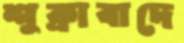
শুক্রাবাদে